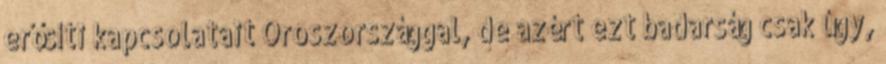
erősíti kapcsolatait Oroszországgal, de azért ezt badarság csak úgy,